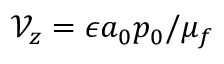
\mathcal { V } _ { z } = { \epsilon a _ { 0 } p _ { 0 } } / { \mu _ { f } }